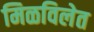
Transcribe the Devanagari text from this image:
मिळविलेत